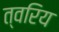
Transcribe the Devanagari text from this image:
त्वरिय